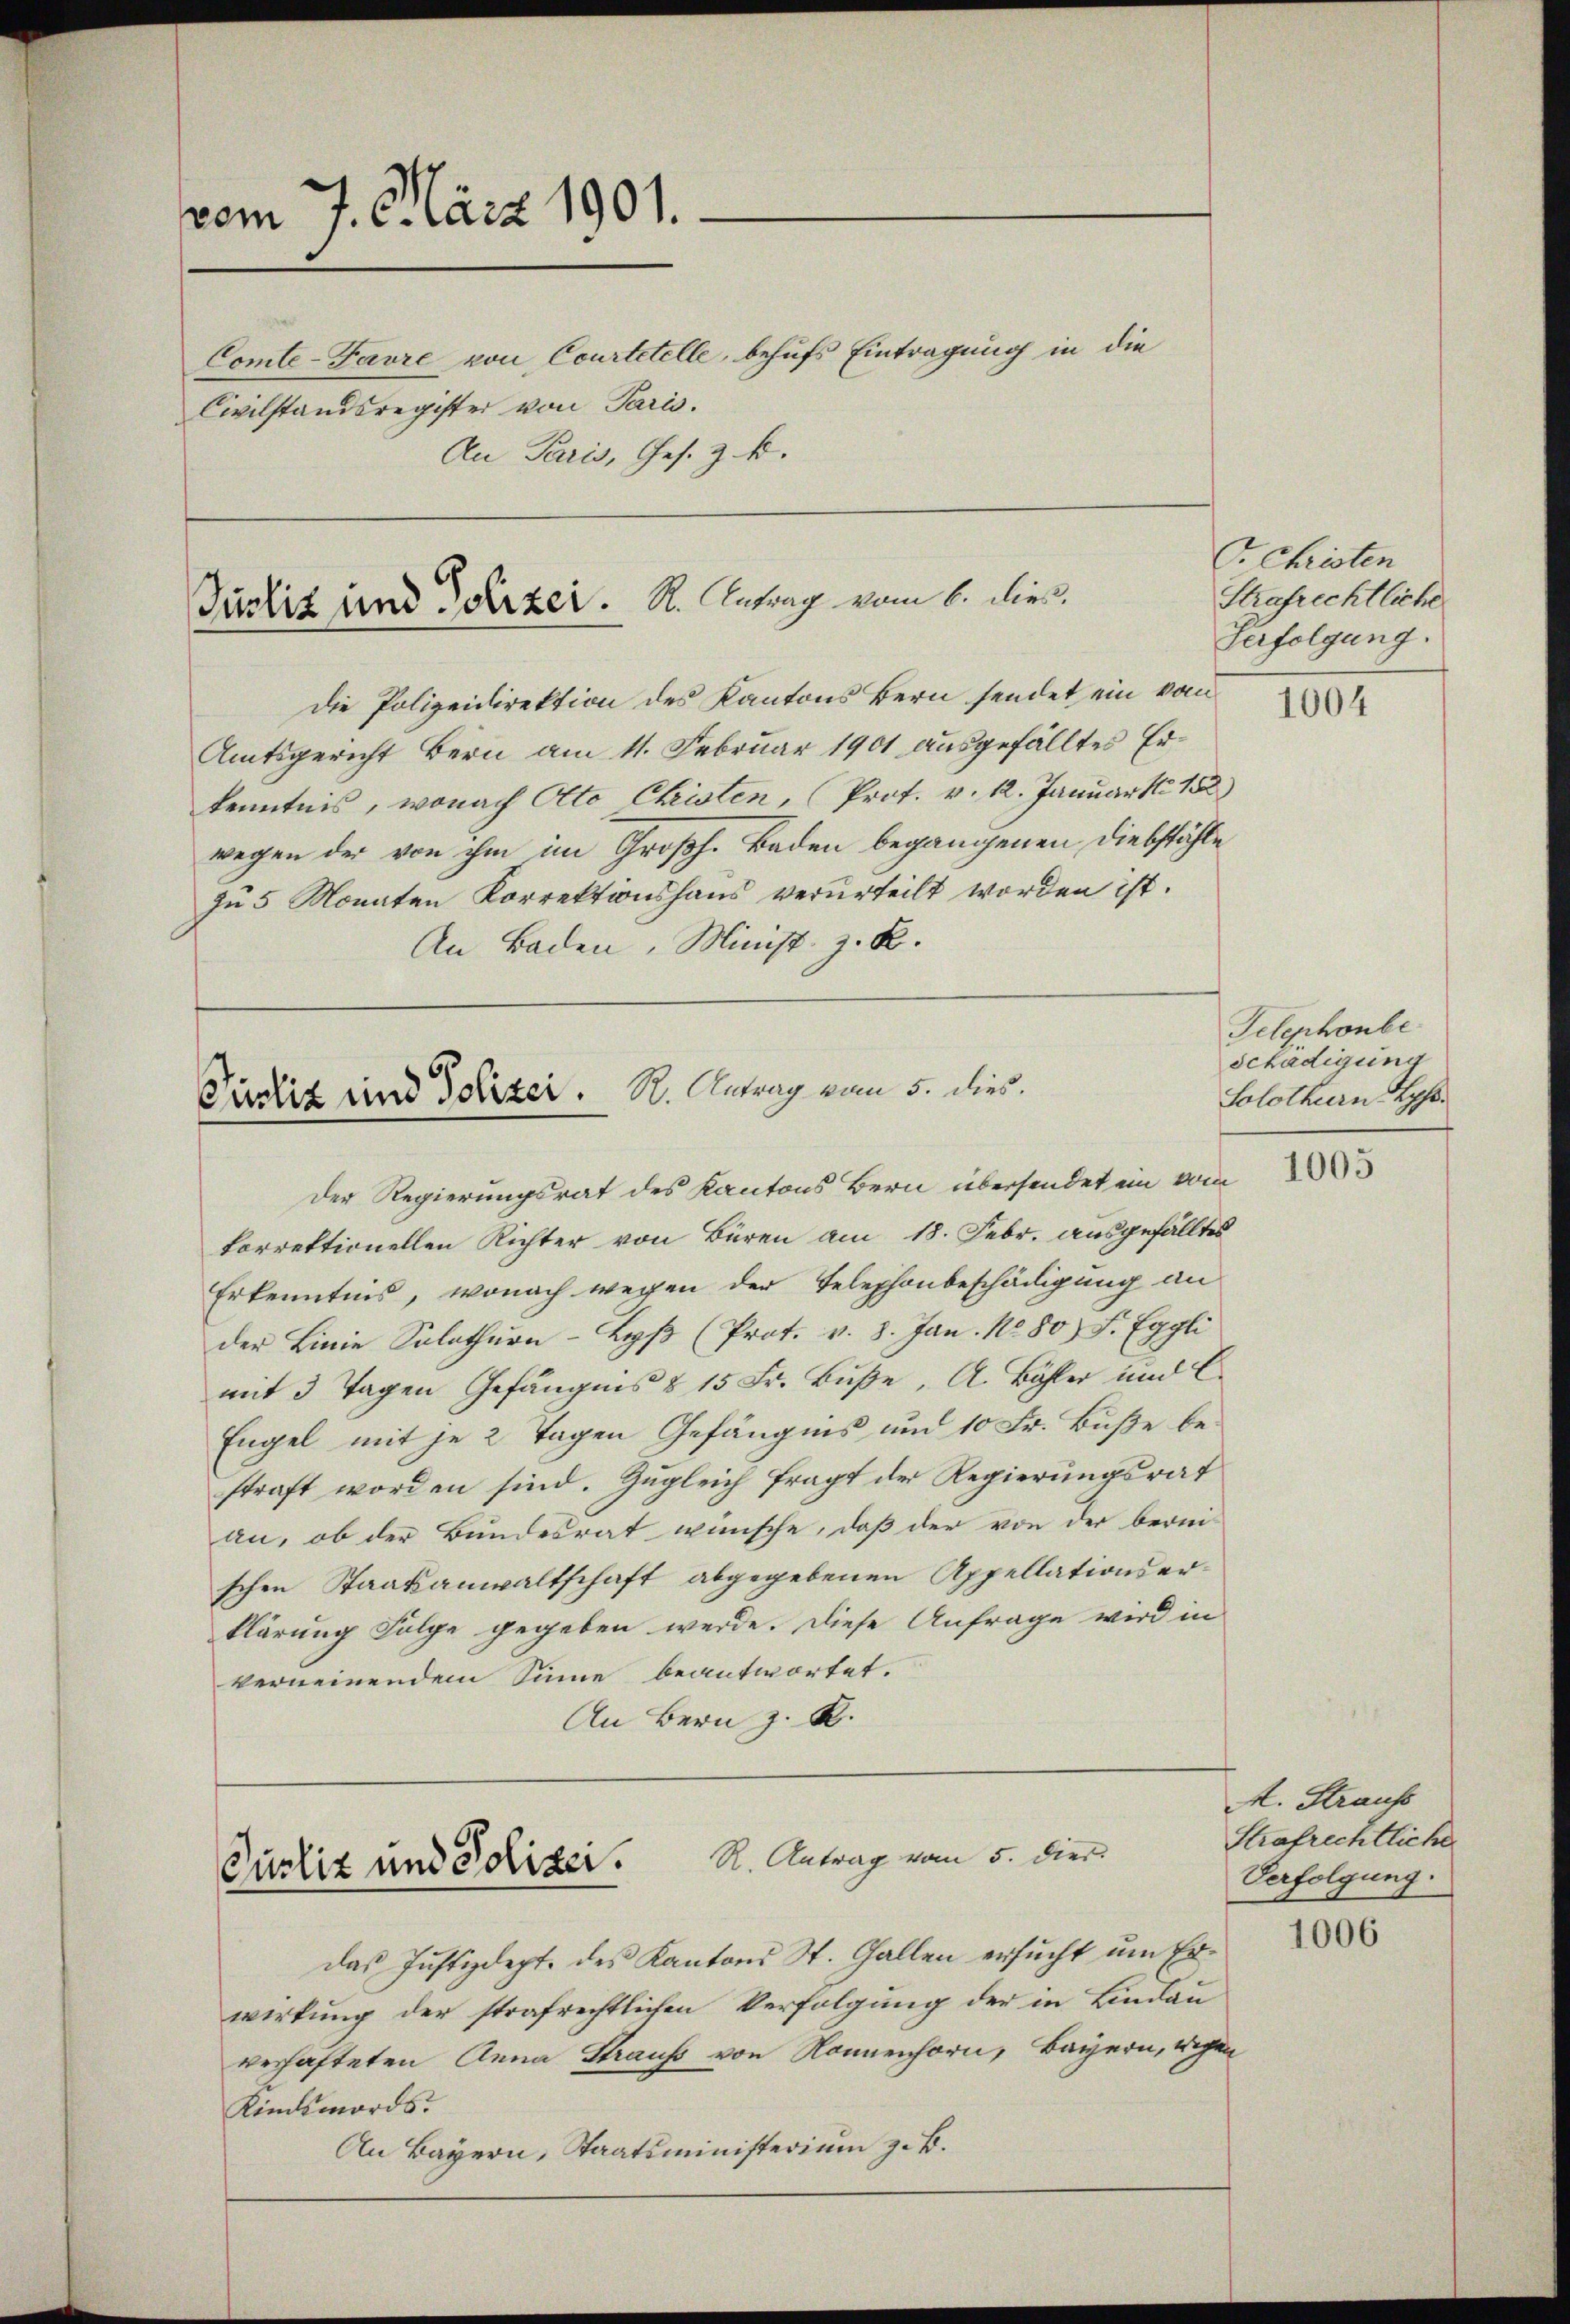
vom 7. März 1901.
Comte-Favre von Courtetelle, behufs Eintragung in die
Civilstandsregister von Paris.
An Paris, Ges. z. B.

Justiz und Polizer. K. Antrag vom 6. dies

Die Polizeidirektion des Kantons Bern sendet ein vom
Amtsgericht Bern am 11. Februar 1901 ausgefälltes Erkenntnis, wonach Otto Christen, Prof. v. 12. Januar 182)
wegen der von ihm im Großh. Baden begangenen Diebstähle
zu 5 Monaten Korrektionshaus verurteilt worden ist.
An Baden, Minist. z. B.

Pustiz und Polizei. R. Antrag vom 5. dies
Der Regierungsrat des Kantons Bern übersendet ein vom

Curliz und Polizei. R. Antrag vom 5. dier.

korrektionellen Richter von Büren am 18. Febr. ausgefälltes
Erkenntnis, wonach wegen der Telephonbeschädigung an
der Linie Solothurn-Lyβ (Prot. v. 8. Jan. No. 80 F. Eggli
mit 3 Tagen Gefängnis § 15 Fr. Buße, A. Bähler und C.
Engel mit je 2 Tagen Gefängnis um 10 Fr. Buße bestraft worden sind. Zugleich fragt der Regierungsrat
an, ob der Bundesrat wünsche, daß der von der berni-
schen Staatsanwaltschaft abgegebenen Appellationserklärung Folge gegeben werde. Diese Anfrage wird in
verneinendem Sinne beantwortet.
An Bern z. B.

das Justizdept. des Kantons St. Gallen ersucht um Erwirkung der strafrechtlichen Verfolgung der in Lindau
verhafteten Anna Strauf von Nonnenhorn, Bayern, wegen
Kindsmords.
An Bayern, Staatsministerium z. B.

C. Christen
Strafrechtliche
Verfolgung.

1004

Telephonbe
schädigung
Solothurn Lys

1005

M. Strank
Strafrechtliche
Verfolgung.

1006